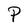
Character: P